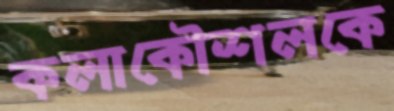
কলাকৌশলকে